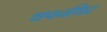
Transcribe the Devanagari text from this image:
थपनथिर